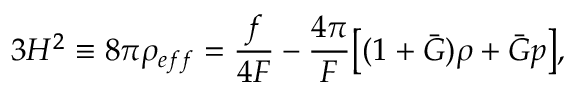
3 H ^ { 2 } \equiv 8 \pi \rho _ { e f f } = \frac { f } { 4 F } - \frac { 4 \pi } { F } \big [ ( 1 + \bar { G } ) \rho + \bar { G } p \big ] ,